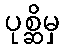
ပုစ္ဆိမှ